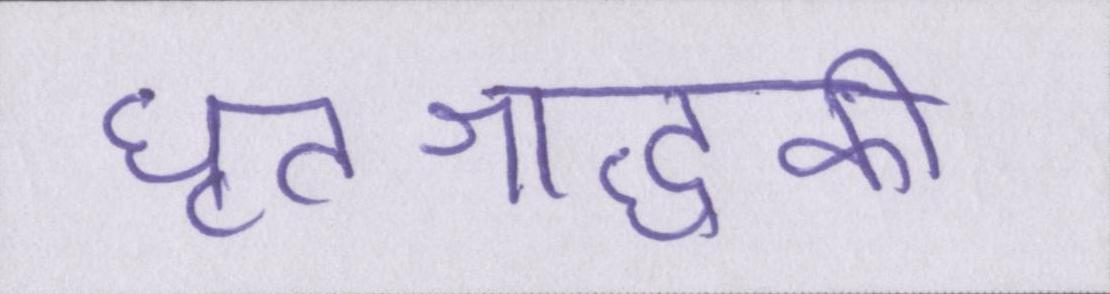
घृतश्राद्धकी